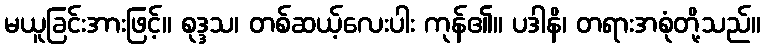
မယူခြင်းအားဖြင့်။ စုဒ္ဒသ၊ တစ်ဆယ့်လေးပါး ကုန်၏။ ပဒါနိ၊ တရားအစုံတို့သည်။